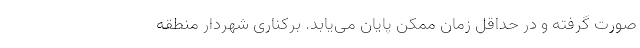
صورت گرفته و در حداقل زمان ممکن پایان می‌یابد. برکناری شهردار منطقه